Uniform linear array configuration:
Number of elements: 4
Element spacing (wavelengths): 0.75
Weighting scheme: kaiser
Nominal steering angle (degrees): -15
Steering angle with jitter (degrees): -13.999
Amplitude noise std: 0.05
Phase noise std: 0.05

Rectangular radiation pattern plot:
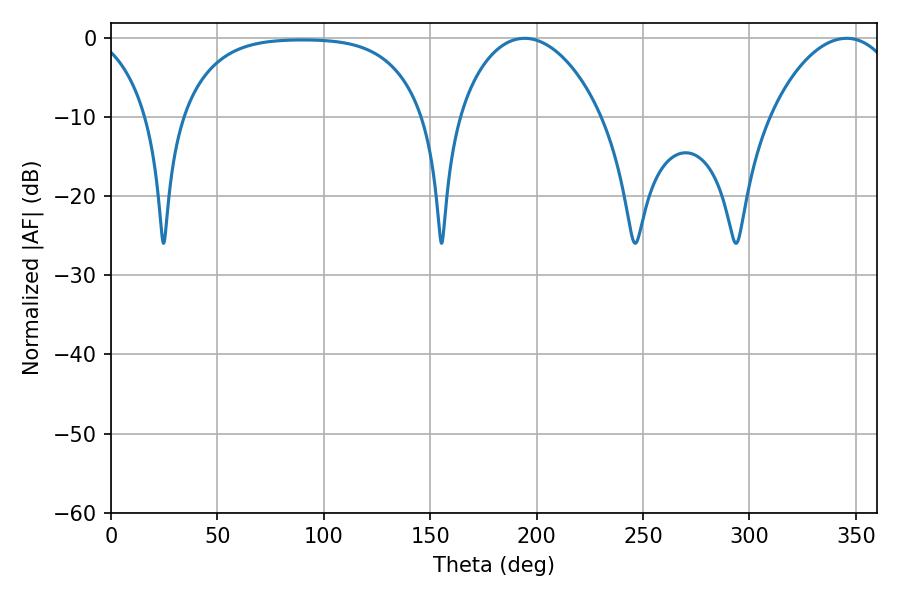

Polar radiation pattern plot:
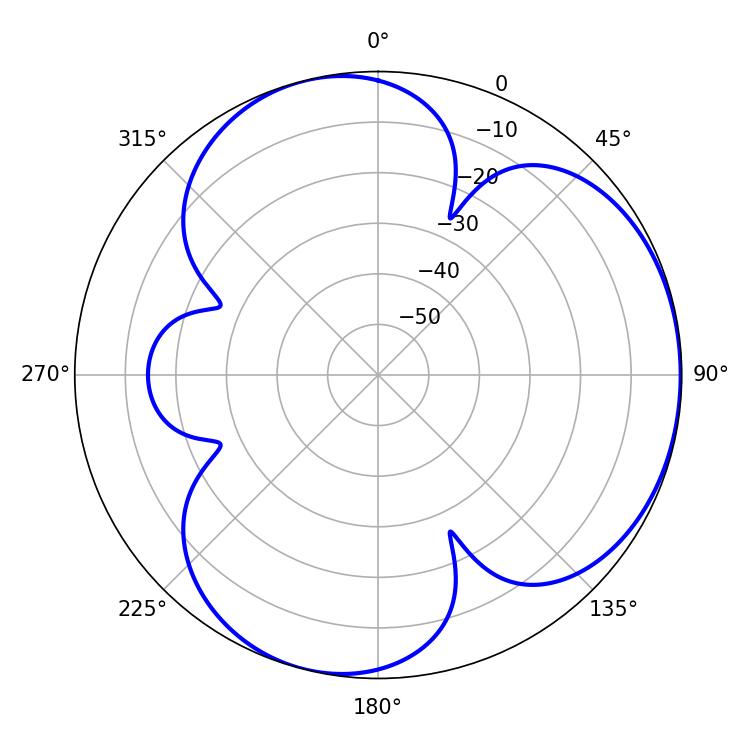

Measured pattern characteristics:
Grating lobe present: TRUE
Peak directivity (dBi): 3.999
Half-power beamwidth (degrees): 34.38
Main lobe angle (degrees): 345.6